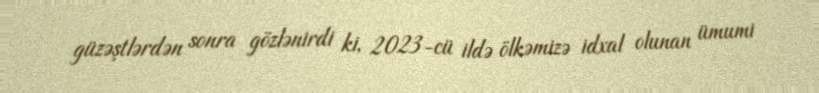
güzəştlərdən sonra gözlənirdi ki, 2023-cü ildə ölkəmizə idxal olunan ümumi